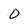
Character: 0